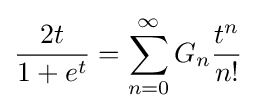
{\frac {2t}{1+e^{t}}}=\sum _{n=0}^{\infty }G_{n}{\frac {t^{n}}{n!}}